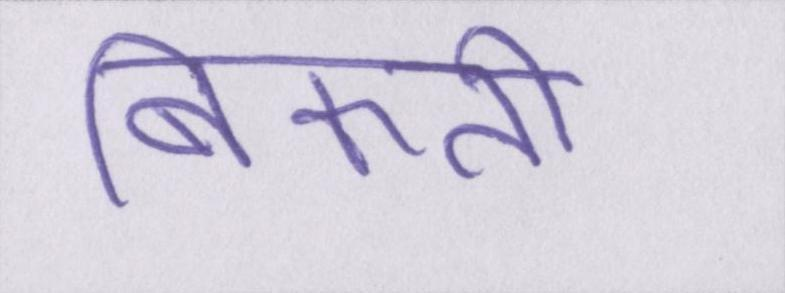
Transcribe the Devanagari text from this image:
बिकती